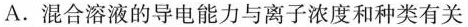
A.混合溶液的导电能力与离子浓度和种类有关